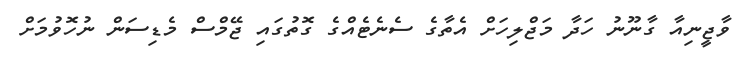
ވާޖީނިއާ ގާނޫނު ހަދާ މަޖްލިހަށް އެތާގެ ސެނެޓެއްގެ ގޮތުގައި ޖޭމްސް މެޑިސަން ނުހޮވުމަށް